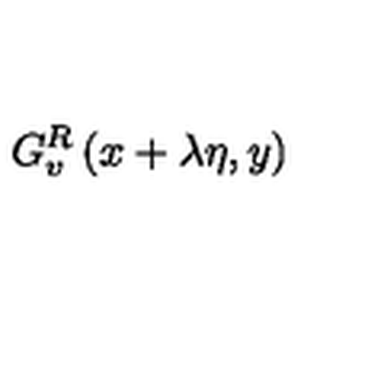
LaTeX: G _ { v } ^ { R } \left( x + \lambda \eta , y \right)